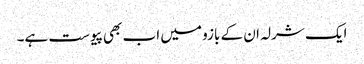
ایک شرلہ ان کے بازو میں اب بھی پیوست ہے۔